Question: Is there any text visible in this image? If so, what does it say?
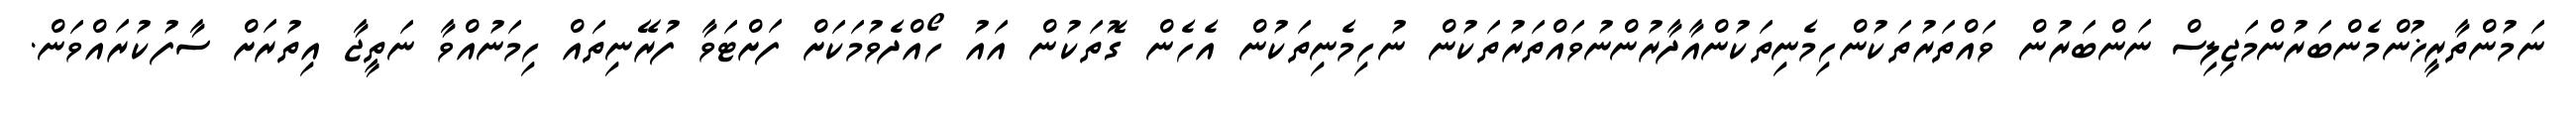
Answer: ނަމުންތާރީޚުންމެންބަރުންމަޖިލިސް ނަންބަރުން ވައްތަރުތަކުންހިމެނިތަކުންއާދާރުންނުވައްތަރުތަކުން ނުހިމެނިތަކުން އެހެން ގޮތަކުން އައު ހޯއްދެވުމަކަށް ފަށްޓަވާ ފުރޭނިތައް ހިމަނުއްވާ ނަތީޖާ އިތުރަށް ސާފުކުރައްވަން.